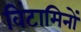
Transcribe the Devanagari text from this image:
विंटामिनों